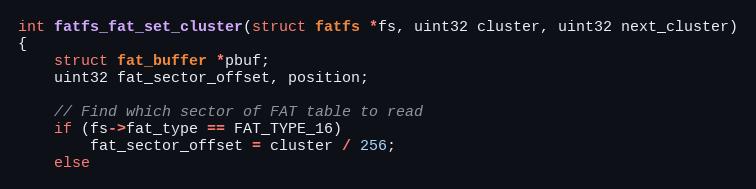
Language: C
int fatfs_fat_set_cluster(struct fatfs *fs, uint32 cluster, uint32 next_cluster)
{
    struct fat_buffer *pbuf;
    uint32 fat_sector_offset, position;

    // Find which sector of FAT table to read
    if (fs->fat_type == FAT_TYPE_16)
        fat_sector_offset = cluster / 256;
    else